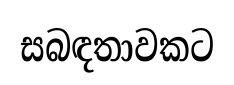
සබඳතාවකට